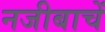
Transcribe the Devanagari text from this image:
नजीबाचें